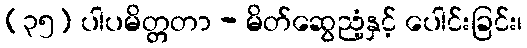
(၃၅) ပါပမိတ္တတာ - မိတ်ဆွေညံ့နှင့် ပေါင်းခြင်း၊